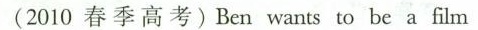
(2010 春 季 高考) Ben wants to be a film